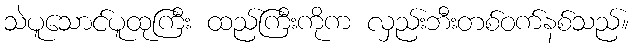
သဲပူသောင်ပူထုကြီး ထည်ကြီးကိုက လှည်းဘီးတစ်ဝက်နစ်သည်။